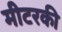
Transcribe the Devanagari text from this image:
मीटरकी